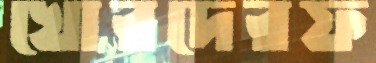
খোরদেরফ